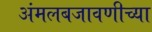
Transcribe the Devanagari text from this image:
अंमलबजावणीच्या